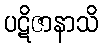
ပဋိဇာနာသိ